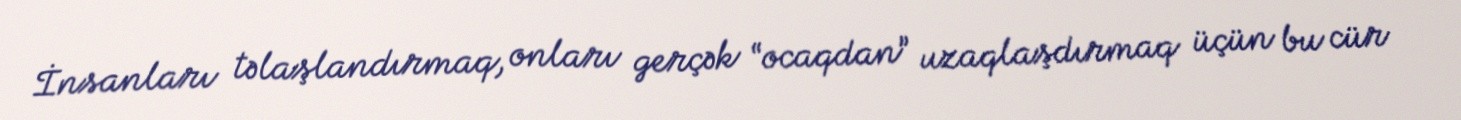
İnsanları təlaşlandırmaq, onları gerçək “ocaqdan” uzaqlaşdırmaq üçün bu cür